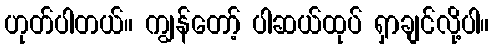
ဟုတ်ပါတယ်။ ကျွန်တော့် ပါဆယ်ထုပ် ရှာချင်လို့ပါ။